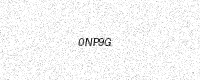
Text: 0NP9G